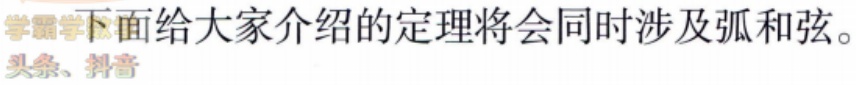
下面给大家介绍的定理将会同时涉及弧和弦。